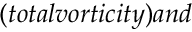
( t o t a l v o r t i c i t y ) a n d